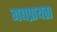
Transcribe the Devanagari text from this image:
गद्यप्रायता